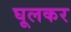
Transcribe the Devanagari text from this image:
घूलकर